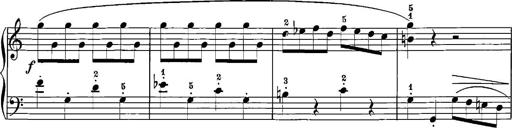
Title: 12 Sonatinas
Composer: Ignaz Pleyel